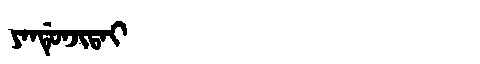
Manchu: ᠶᠠᠨᡩᡠᠨᠵᡳᡨᠠᡳ
Romanization: YANDUNJITAI